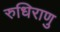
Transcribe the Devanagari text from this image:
रुधिराणु